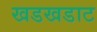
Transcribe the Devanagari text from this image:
खडखडाट